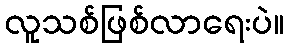
လူသစ်ဖြစ်လာရေးပဲ။